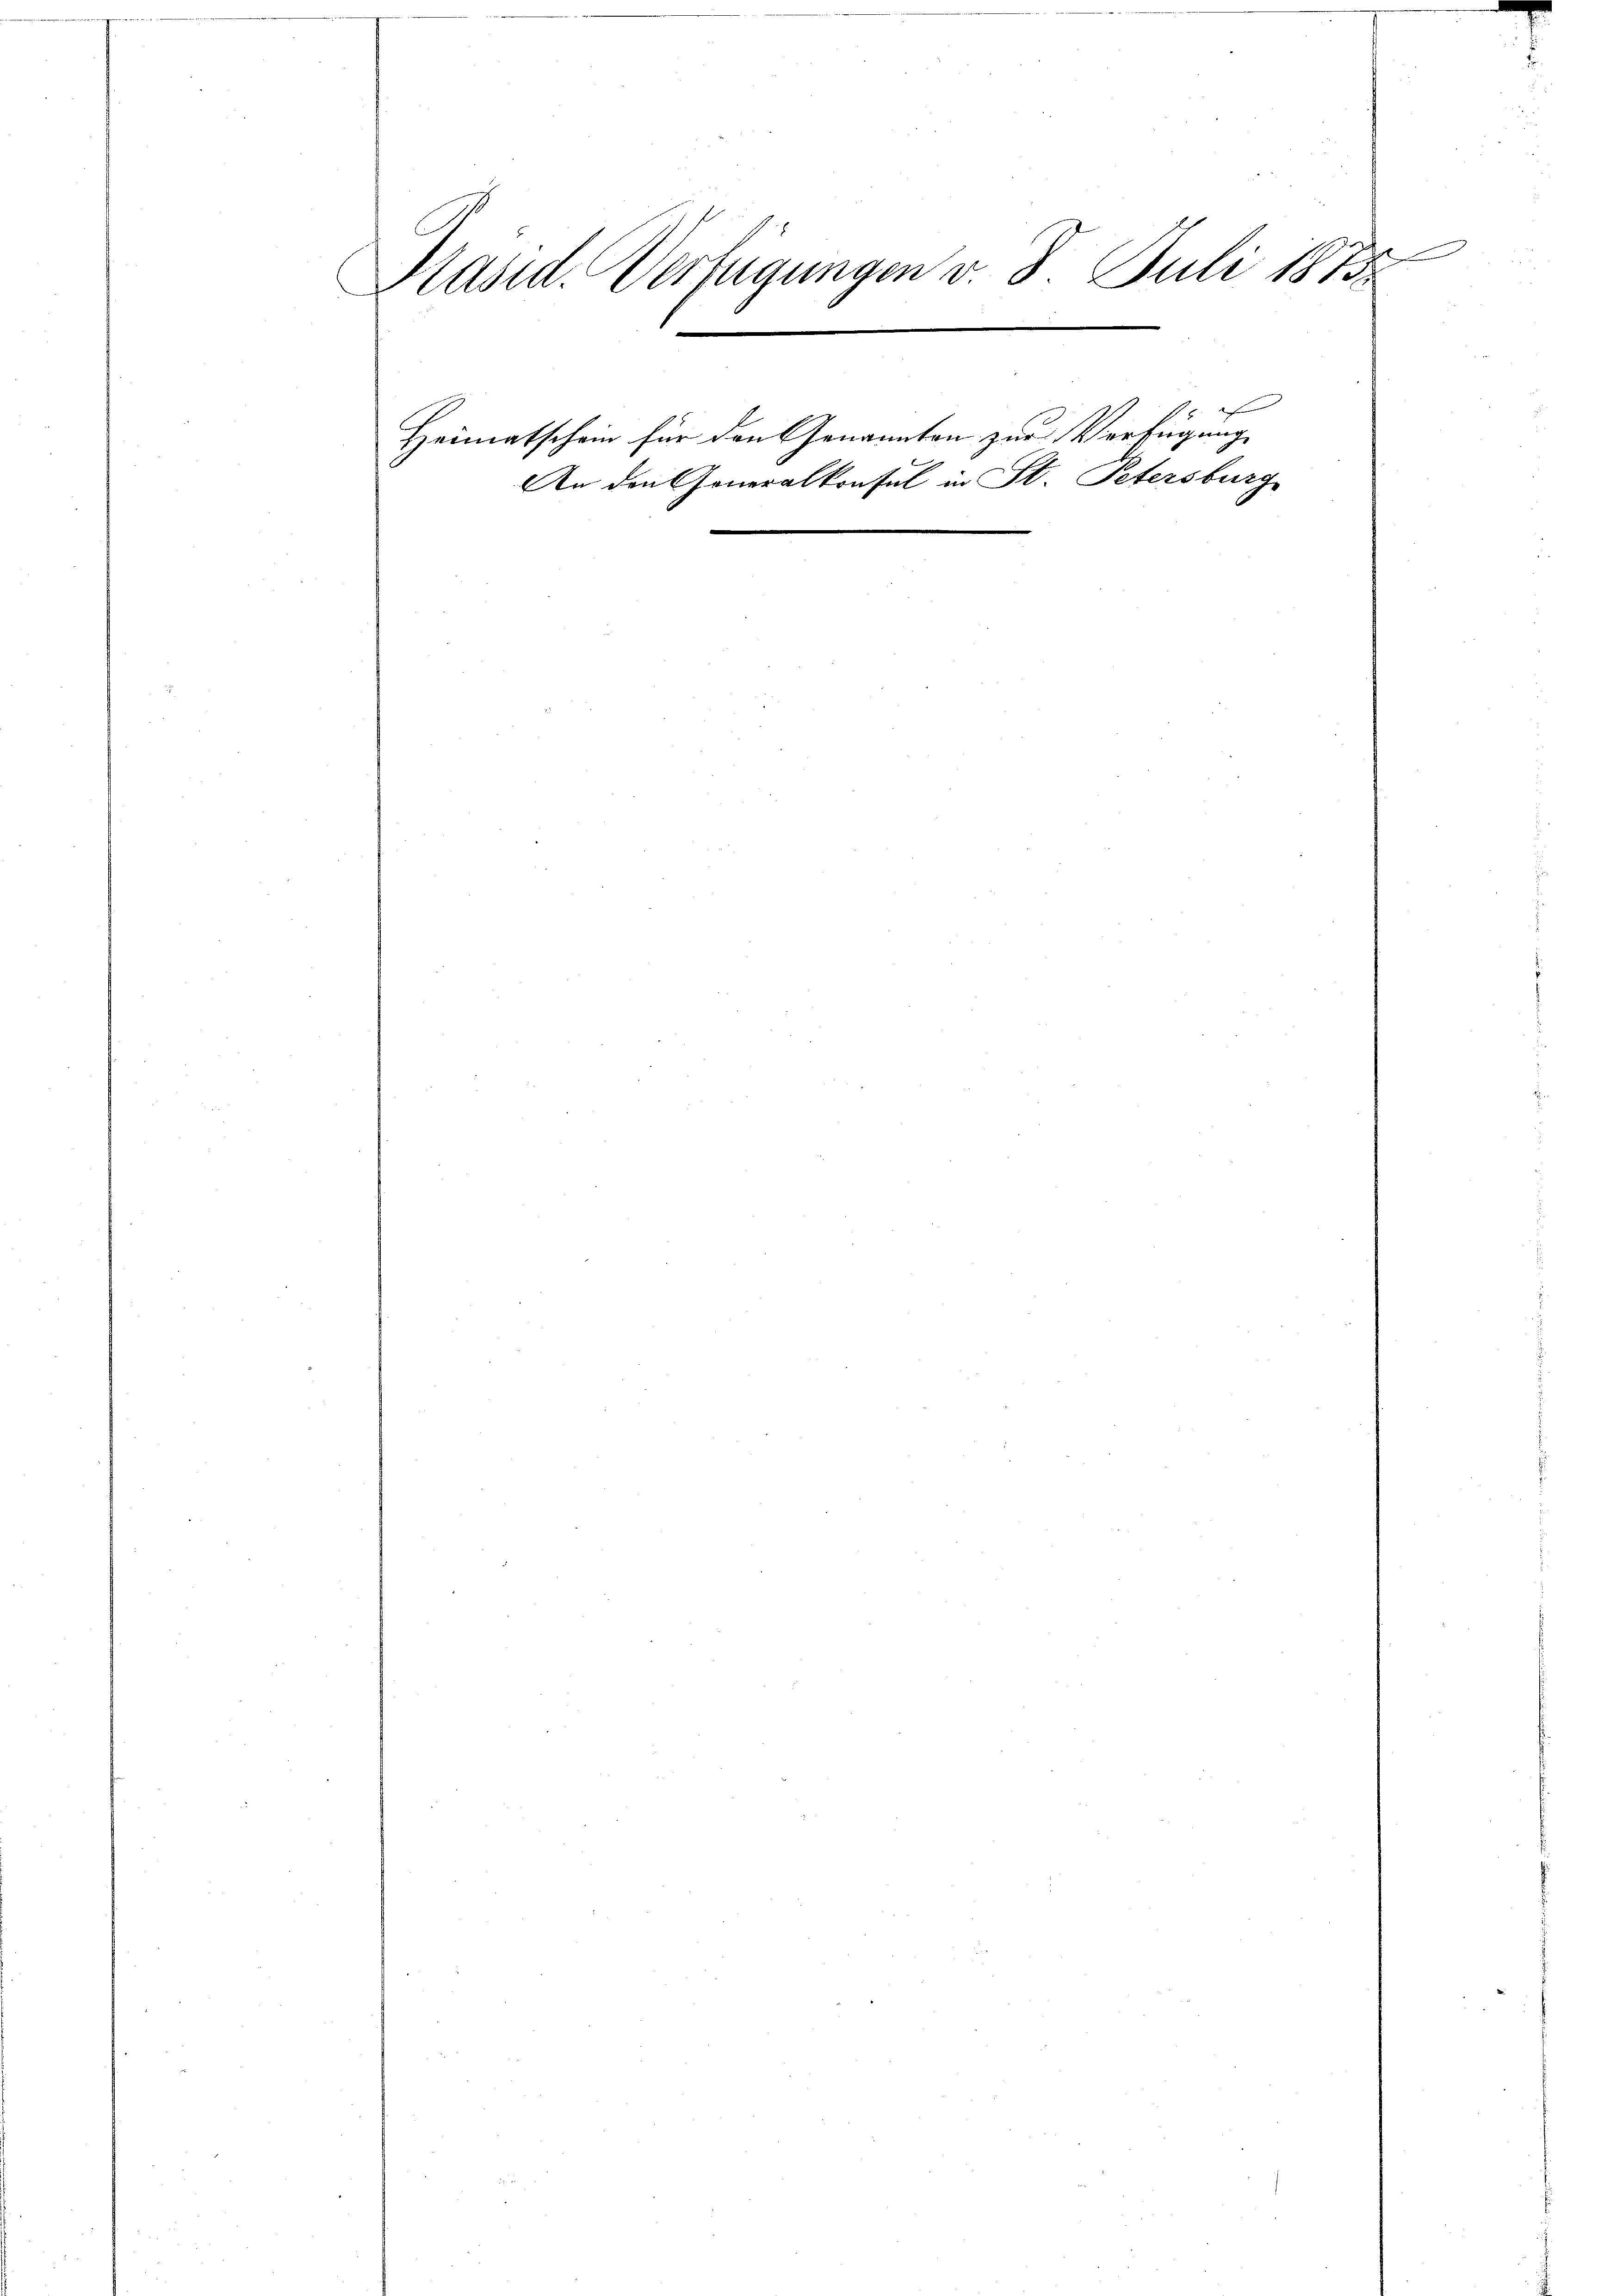
.
Präsid. Verfügungen v. 8. Juli 1873.

An den Ge

Heimatschein für den Genannten zur Verfügung
2
¬

eralkonsul in St. Petersburg